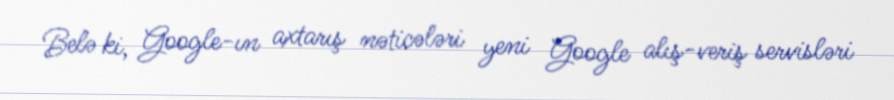
Belə ki, Google-ın axtarış nəticələri yeni Google alış-veriş servisləri